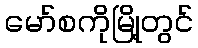
မော်စကိုမြို့တွင်